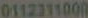
0112311000